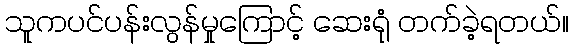
သူကပင်ပန်းလွန်မှုကြောင့် ဆေးရုံ တက်ခဲ့ရတယ်။